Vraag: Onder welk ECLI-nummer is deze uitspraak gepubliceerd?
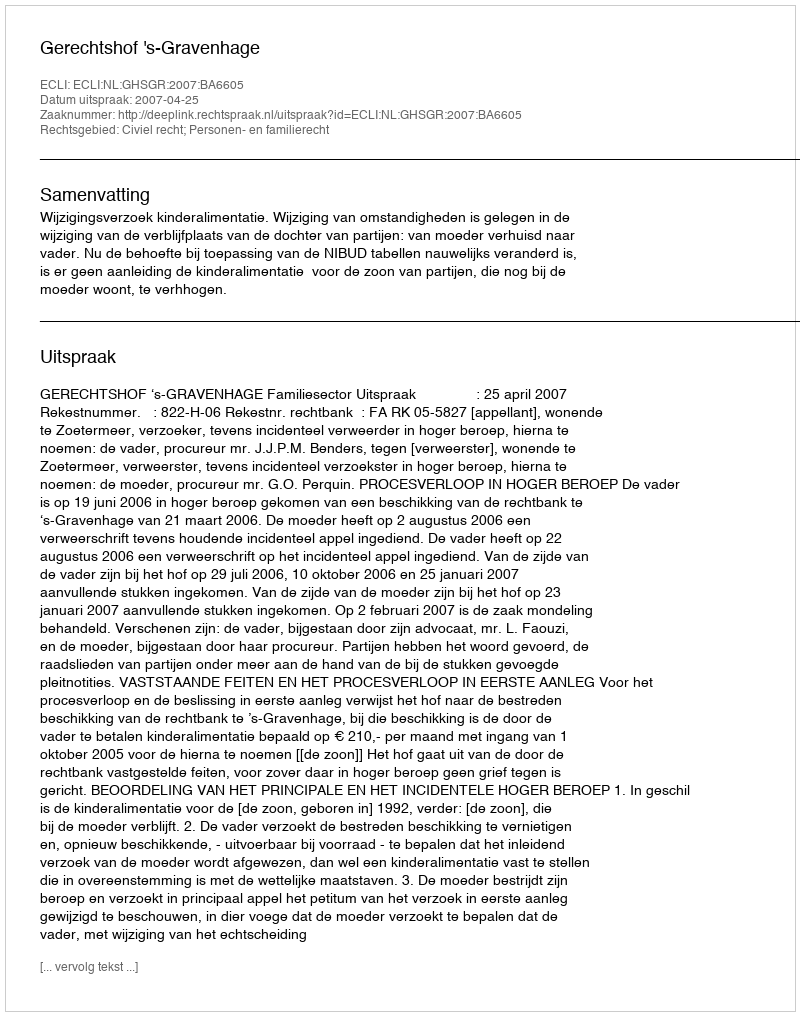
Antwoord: ECLI:NL:GHSGR:2007:BA6605